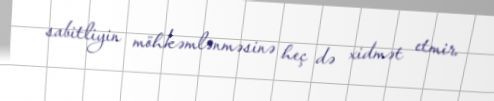
sabitliyin möhkəmlənməsinə heç də xidmət etmir.